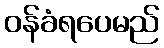
ဝန်ခံရပေမည်